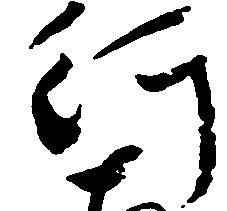
行